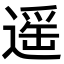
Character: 遥